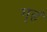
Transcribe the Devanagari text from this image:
गृहं